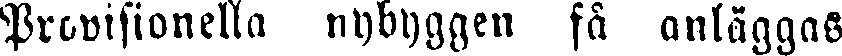
Provisionella nybyggen få anläggas